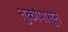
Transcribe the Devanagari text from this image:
तुर्कांपासून